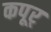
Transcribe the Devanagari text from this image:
कपूर्